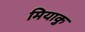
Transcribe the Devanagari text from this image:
मियाकु